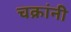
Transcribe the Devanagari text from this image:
चक्रांनी